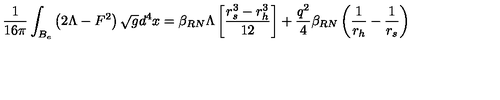
\frac { 1 } { 1 6 \pi } \int _ { B _ { e } } \left( 2 \Lambda - F ^ { 2 } \right) \sqrt { g } d ^ { 4 } x = \beta _ { R N } \Lambda \left[ \frac { r _ { s } ^ { 3 } - r _ { h } ^ { 3 } } { 1 2 } \right] + \frac { q ^ { 2 } } { 4 } \beta _ { R N } \left( \frac { 1 } { r _ { h } } - \frac { 1 } { r _ { s } } \right)